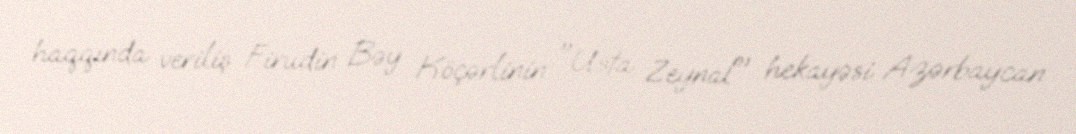
haqqında veriliş Firudin Bəy Köçərlinin "Usta Zeynal" hekayəsi Azərbaycan